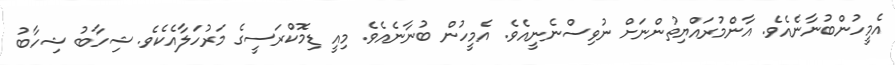
އެމީހުންބުނާނެއެވެ. އާންމުރައްޔިތުންނަށް ނުވިސްނެނީއެވެ. އެމީހުން ބުނާނެއެވެ. މިއީ ޑިމޮކްރަސީގެ މަރުހަލާއެކެވެ. ޝިހާބު ޝިހާބު